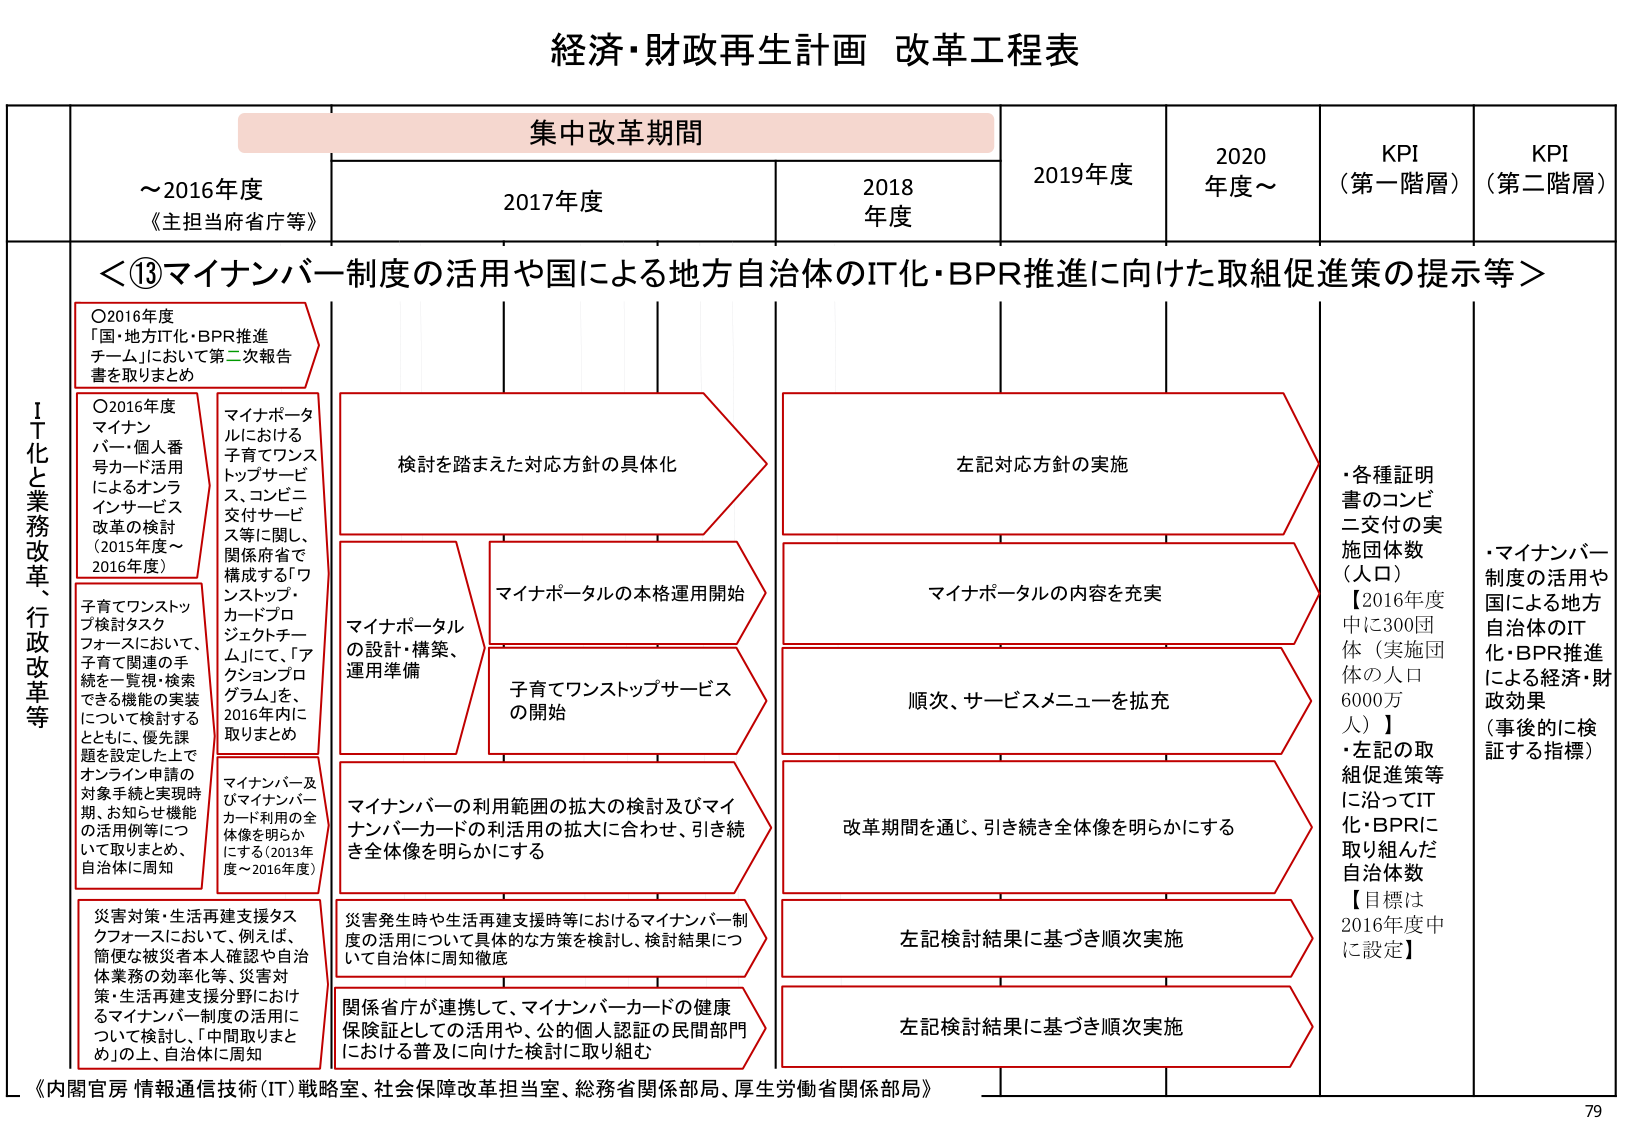
経済・財政再生計画 改革工程表

集中改革期間

～2016年度
《主担当府省庁等》

2017年度
2018年度
2019年度
2020年度～
KPI（第一階層）
KPI（第二階層）

＜⑬マイナンバー制度の活用や国による地方自治体のIT化・BPR推進に向けた取組促進策の提示等＞

ＩＴ化と業務改革、行政改革等

○2016年度
「国・地方IT化・BPR推進チーム」において第二次報告書を取りまとめ

○2016年度
マイナンバー・個人番号カード活用によるオンラインサービス改革の検討（2015年度～2016年度）

子育てワンストップ検討タスクフォースにおいて、子育て関連の手続を一覧視・検索できる機能の実装について検討するとともに、優先課題を設定した上でオンライン申請の対象手続と実現時期、お知らせ機能の活用例等について取りまとめ、自治体に周知

マイナポータルにおける子育てワンストップサービス、コンビニ交付サービス等に関し、関係府省で構成する「ワンストップ・カードプロジェクトチーム」にて、「アクションプログラム」を、2016年内に取りまとめ

マイナンバー及びマイナンバーカード利用の全体像を明らかにする（2013年度～2016年度）

災害対策・生活再建支援タスクフォースにおいて、例えば、簡便な被災者本人確認や自治体業務の効率化等、災害対策・生活再建支援分野におけるマイナンバー制度の活用について検討し、「中間取りまとめ」の上、自治体に周知

検討を踏まえた対応方針の具体化

マイナポータルの設計・構築、運用準備

マイナポータルの本格運用開始

子育てワンストップサービスの開始

マイナンバーの利用範囲の拡大の検討及びマイナンバーカードの利活用の拡大に合わせ、引き続き全体像を明らかにする

災害発生時や生活再建支援時等におけるマイナンバー制度の活用について具体的な方策を検討し、検討結果について自治体に周知徹底

関係省庁が連携して、マイナンバーカードの健康保険証としての活用や、公的個人認証の民間部門における普及に向けた検討に取り組む

左記対応方針の実施

マイナポータルの内容を充実

順次、サービスメニューを拡充

改革期間を通じ、引き続き全体像を明らかにする

左記検討結果に基づき順次実施

左記検討結果に基づき順次実施

・各種証明書のコンビニ交付の実施団体数（人口）
【2016年度中に300団体（実施団体の人口6000万人）】

・左記の取組促進策等に沿ってIT化・BPRに取り組んだ自治体数
【目標は2016年度中に設定】

・マイナンバー制度の活用や国による地方自治体のIT化・BPR推進による経済・財政効果（事後的に検証する指標）

《内閣官房 情報通信技術（IT）戦略室、社会保障改革担当室、総務省関係部局、厚生労働省関係部局》

79